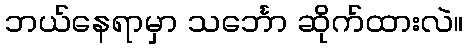
ဘယ်နေရာမှာ သင်္ဘော ဆိုက်ထားလဲ။